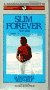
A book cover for Slim Forever - Male; Audio Activation; Health, Fitness & Dieting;